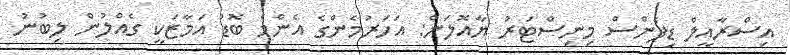
އިސްރާއީލް ޑިފެންސް މިނިސްޓަރު ޔާއޮލަން: އަހަރުމެންގެ އެންމެ ބޮޑު އަމާޒަކީ ގެއްލުން ލިބުނު